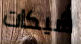
شيكات